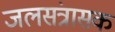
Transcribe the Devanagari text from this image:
जलसंत्रासक